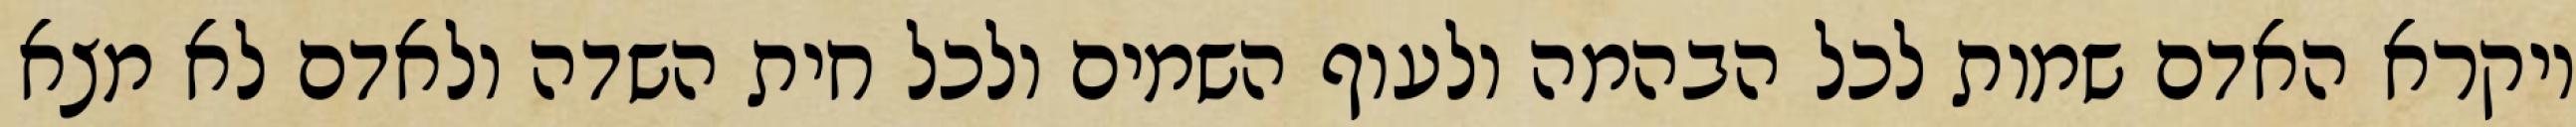
ויקרא האדם שמות לכל הבהמה ולעוף השמים ולכל חית השדה ולאדם לא מצא